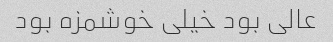
عالی بود خیلی خوشمزه بود